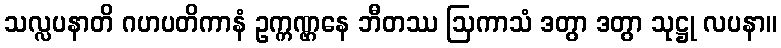
သလ္လပနာတိ ဂဟပတိကာနံ ဥက္ကဏ္ဌနေ ဘီတဿ ဩကာသံ ဒတွာ ဒတွာ သုဋ္ဌု လပနာ။